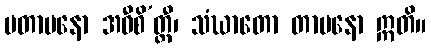
ပတာပနော အဝီစိ’တ္ထီ၊ သံဃာတော တာပနော ဣတိ။